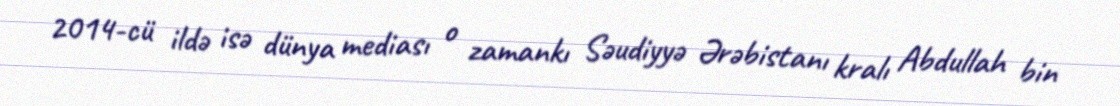
2014-cü ildə isə dünya mediası o zamankı Səudiyyə Ərəbistanı kralı Abdullah bin